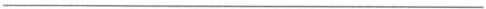
___